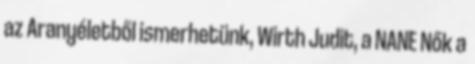
az Aranyéletből ismerhetünk, Wirth Judit, a NANE Nők a